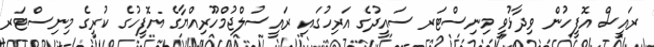
ރައީސް އޮފީހުން ވިދާޅުވީ މިނިސްޓަރ ސައީދުގެ އަރިހުގައި ރައީސުލްޖުމްހޫރިއްޔާގެ އޮފީހުގެ ކުރީގެ މިނިސްޓަރ